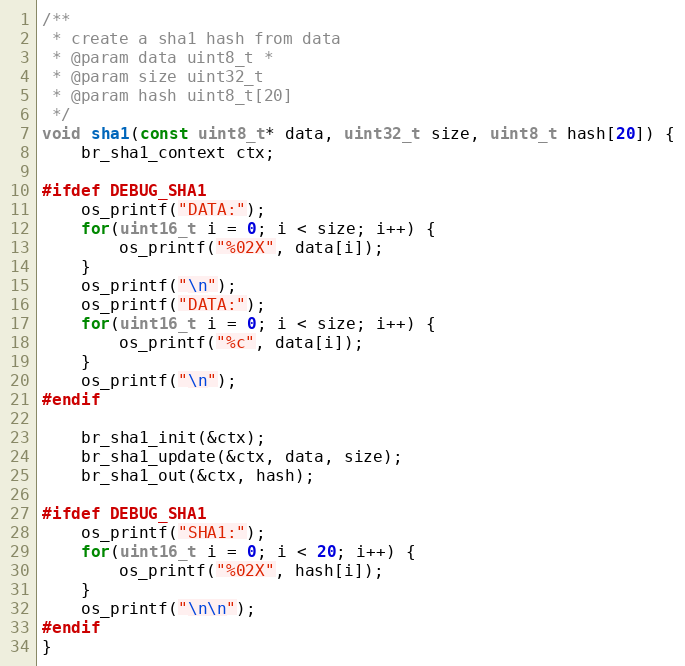
Language: C++
/**
 * create a sha1 hash from data
 * @param data uint8_t *
 * @param size uint32_t
 * @param hash uint8_t[20]
 */
void sha1(const uint8_t* data, uint32_t size, uint8_t hash[20]) {
    br_sha1_context ctx;

#ifdef DEBUG_SHA1
    os_printf("DATA:");
    for(uint16_t i = 0; i < size; i++) {
        os_printf("%02X", data[i]);
    }
    os_printf("\n");
    os_printf("DATA:");
    for(uint16_t i = 0; i < size; i++) {
        os_printf("%c", data[i]);
    }
    os_printf("\n");
#endif

    br_sha1_init(&ctx);
    br_sha1_update(&ctx, data, size);
    br_sha1_out(&ctx, hash);

#ifdef DEBUG_SHA1
    os_printf("SHA1:");
    for(uint16_t i = 0; i < 20; i++) {
        os_printf("%02X", hash[i]);
    }
    os_printf("\n\n");
#endif
}